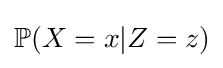
\mathbb {P} (X=x|Z=z)